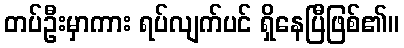
တပ်ဦးမှာကား ရပ်လျက်ပင် ရှိနေပြီဖြစ်၏။